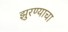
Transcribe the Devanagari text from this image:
झुरण्याचा